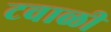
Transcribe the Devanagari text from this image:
टवाळी